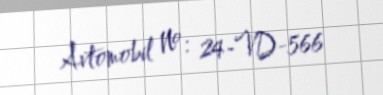
Avtomobil №: 24-VD-566